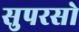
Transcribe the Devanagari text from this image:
सुपरसो